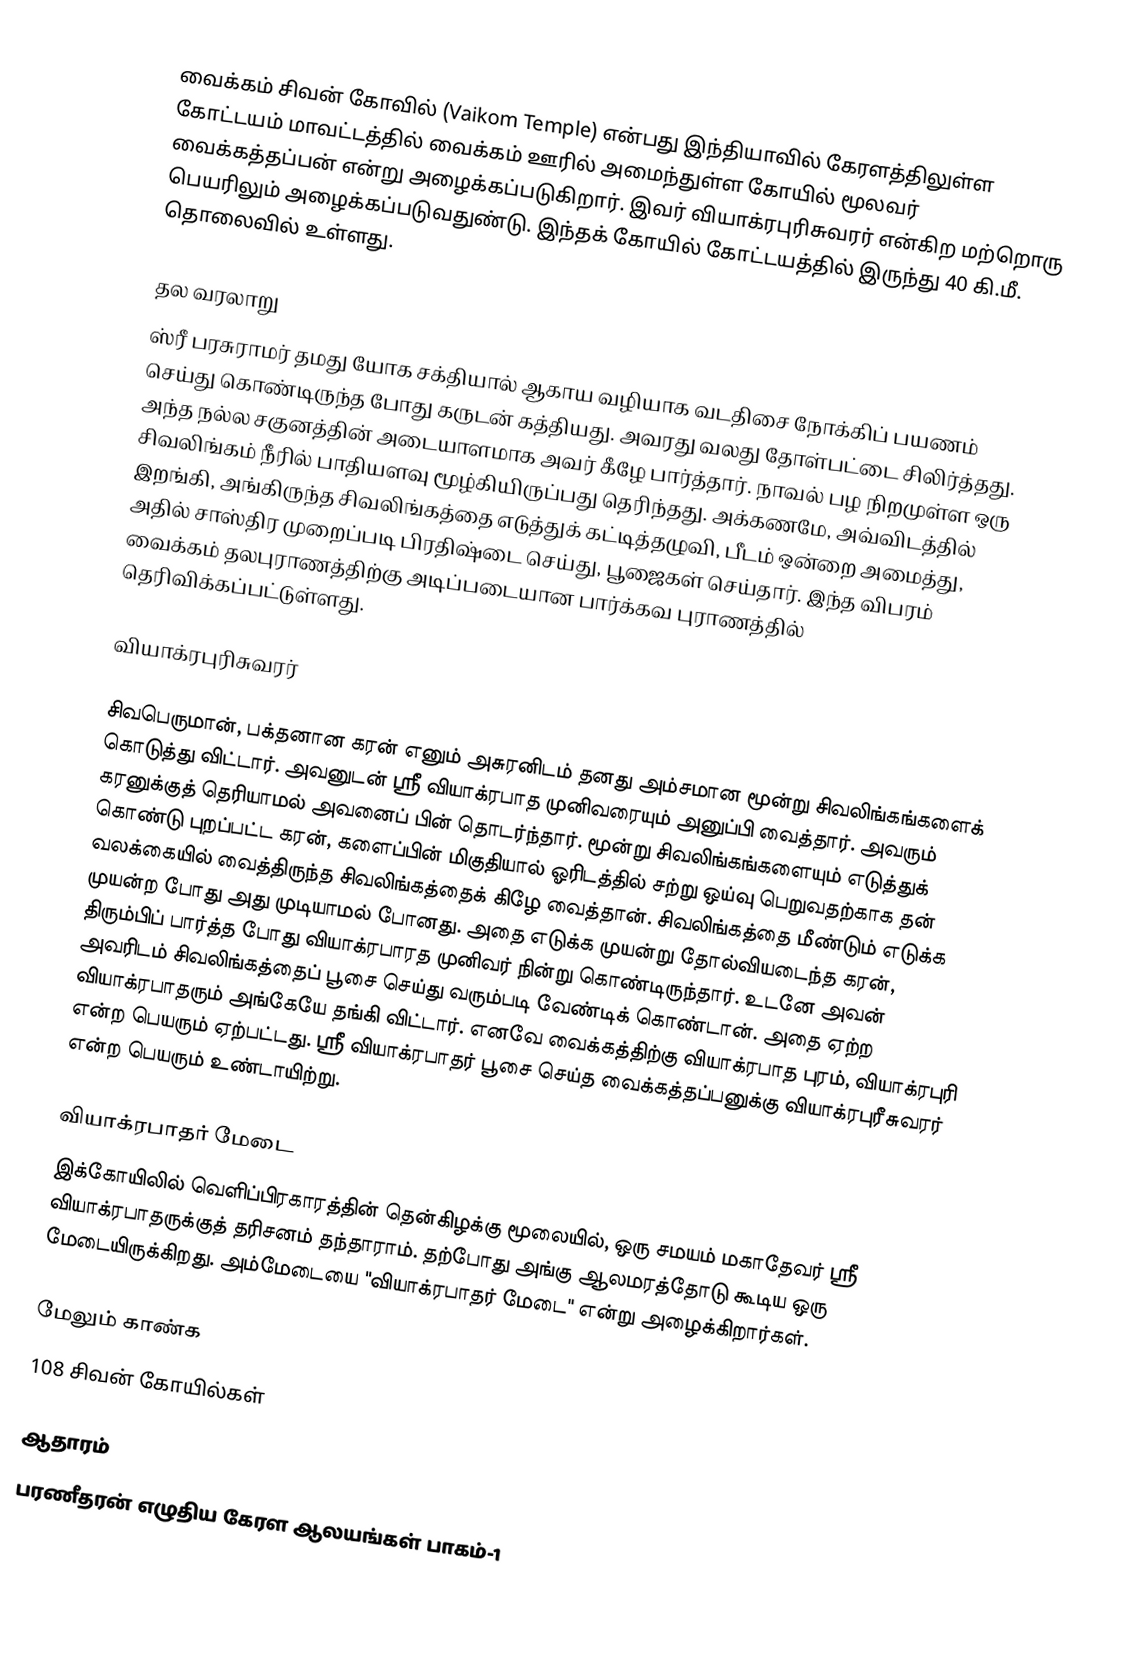
வைக்கம் சிவன் கோவில் (Vaikom Temple) என்பது இந்தியாவில் கேரளத்திலுள்ள கோட்டயம் மாவட்டத்தில் வைக்கம் ஊரில் அமைந்துள்ள கோயில் மூலவர் வைக்கத்தப்பன் என்று அழைக்கப்படுகிறார். இவர் வியாக்ரபுரிசுவரர் என்கிற மற்றொரு பெயரிலும் அழைக்கப்படுவதுண்டு. இந்தக் கோயில் கோட்டயத்தில் இருந்து 40 கி.மீ. தொலைவில் உள்ளது.

தல வரலாறு
ஸ்ரீ பரசுராமர் தமது யோக சக்தியால் ஆகாய வழியாக வடதிசை நோக்கிப் பயணம் செய்து கொண்டிருந்த போது கருடன் கத்தியது. அவரது வலது தோள்பட்டை சிலிர்த்தது. அந்த நல்ல சகுனத்தின் அடையாளமாக அவர் கீழே பார்த்தார். நாவல் பழ நிறமுள்ள ஒரு சிவலிங்கம் நீரில் பாதியளவு மூழ்கியிருப்பது தெரிந்தது. அக்கணமே, அவ்விடத்தில் இறங்கி, அங்கிருந்த சிவலிங்கத்தை எடுத்துக் கட்டித்தழுவி, பீடம் ஒன்றை அமைத்து, அதில் சாஸ்திர முறைப்படி பிரதிஷ்டை செய்து, பூஜைகள் செய்தார். இந்த விபரம் வைக்கம் தலபுராணத்திற்கு அடிப்படையான பார்க்கவ புராணத்தில் தெரிவிக்கப்பட்டுள்ளது.

வியாக்ரபுரிசுவரர்

சிவபெருமான், பக்தனான கரன் எனும் அசுரனிடம் தனது அம்சமான மூன்று சிவலிங்கங்களைக் கொடுத்து விட்டார். அவனுடன் ஸ்ரீ வியாக்ரபாத முனிவரையும் அனுப்பி வைத்தார். அவரும் கரனுக்குத் தெரியாமல் அவனைப் பின் தொடர்ந்தார். மூன்று சிவலிங்கங்களையும் எடுத்துக் கொண்டு புறப்பட்ட கரன், களைப்பின் மிகுதியால் ஓரிடத்தில் சற்று ஒய்வு பெறுவதற்காக தன் வலக்கையில் வைத்திருந்த சிவலிங்கத்தைக் கிழே வைத்தான். சிவலிங்கத்தை மீண்டும் எடுக்க முயன்ற போது அது முடியாமல் போனது. அதை எடுக்க முயன்று தோல்வியடைந்த கரன், திரும்பிப் பார்த்த போது வியாக்ரபாரத முனிவர் நின்று கொண்டிருந்தார். உடனே அவன் அவரிடம் சிவலிங்கத்தைப் பூசை செய்து வரும்படி வேண்டிக் கொண்டான். அதை ஏற்ற வியாக்ரபாதரும் அங்கேயே தங்கி விட்டார். எனவே வைக்கத்திற்கு வியாக்ரபாத புரம், வியாக்ரபுரி என்ற பெயரும் ஏற்பட்டது. ஸ்ரீ வியாக்ரபாதர் பூசை செய்த வைக்கத்தப்பனுக்கு வியாக்ரபுரீசுவரர் என்ற பெயரும் உண்டாயிற்று.

வியாக்ரபாதர் மேடை
இக்கோயிலில் வெளிப்பிரகாரத்தின் தென்கிழக்கு மூலையில், ஒரு சமயம் மகாதேவர் ஸ்ரீ வியாக்ரபாதருக்குத் தரிசனம் தந்தாராம். தற்போது அங்கு ஆலமரத்தோடு கூடிய ஒரு மேடையிருக்கிறது. அம்மேடையை "வியாக்ரபாதர் மேடை" என்று அழைக்கிறார்கள்.

மேலும் காண்க
 108 சிவன் கோயில்கள்

ஆதாரம்
பரணீதரன் எழுதிய கேரள ஆலயங்கள் பாகம்-1